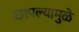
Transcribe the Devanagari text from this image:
छापल्यामुळे